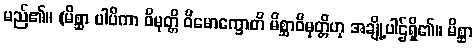
မည်၏။ (မိစ္ဆာ ပါပိကာ ဝိမုတ္တိ ဝိမောက္ခောတိ မိစ္ဆာဝိမုတ္တိဟု အချို့ပါဌ်ရှိ၏။ မိစ္ဆာ